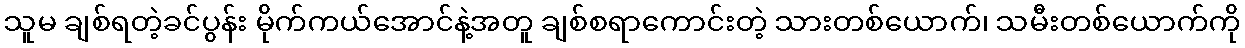
သူမ ချစ်ရတဲ့ခင်ပွန်း မိုက်ကယ်အောင်နဲ့အတူ ချစ်စရာကောင်းတဲ့ သားတစ်ယောက်၊ သမီးတစ်ယောက်ကို